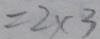
= 2 \times 3